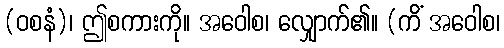
(ဝစနံ)၊ ဤစကားကို။ အဝေါစ၊ လျှောက်၏။ (ကိံ အဝေါစ၊